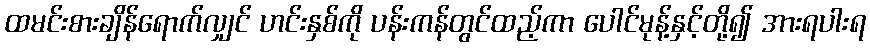
ထမင်းစားချိန်ရောက်လျှင် ဟင်းနှစ်ကို ပန်းကန်တွင်ထည့်ကာ ပေါင်မုန့်နှင့်တို့၍ အားရပါးရ